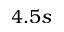
4 . 5 s